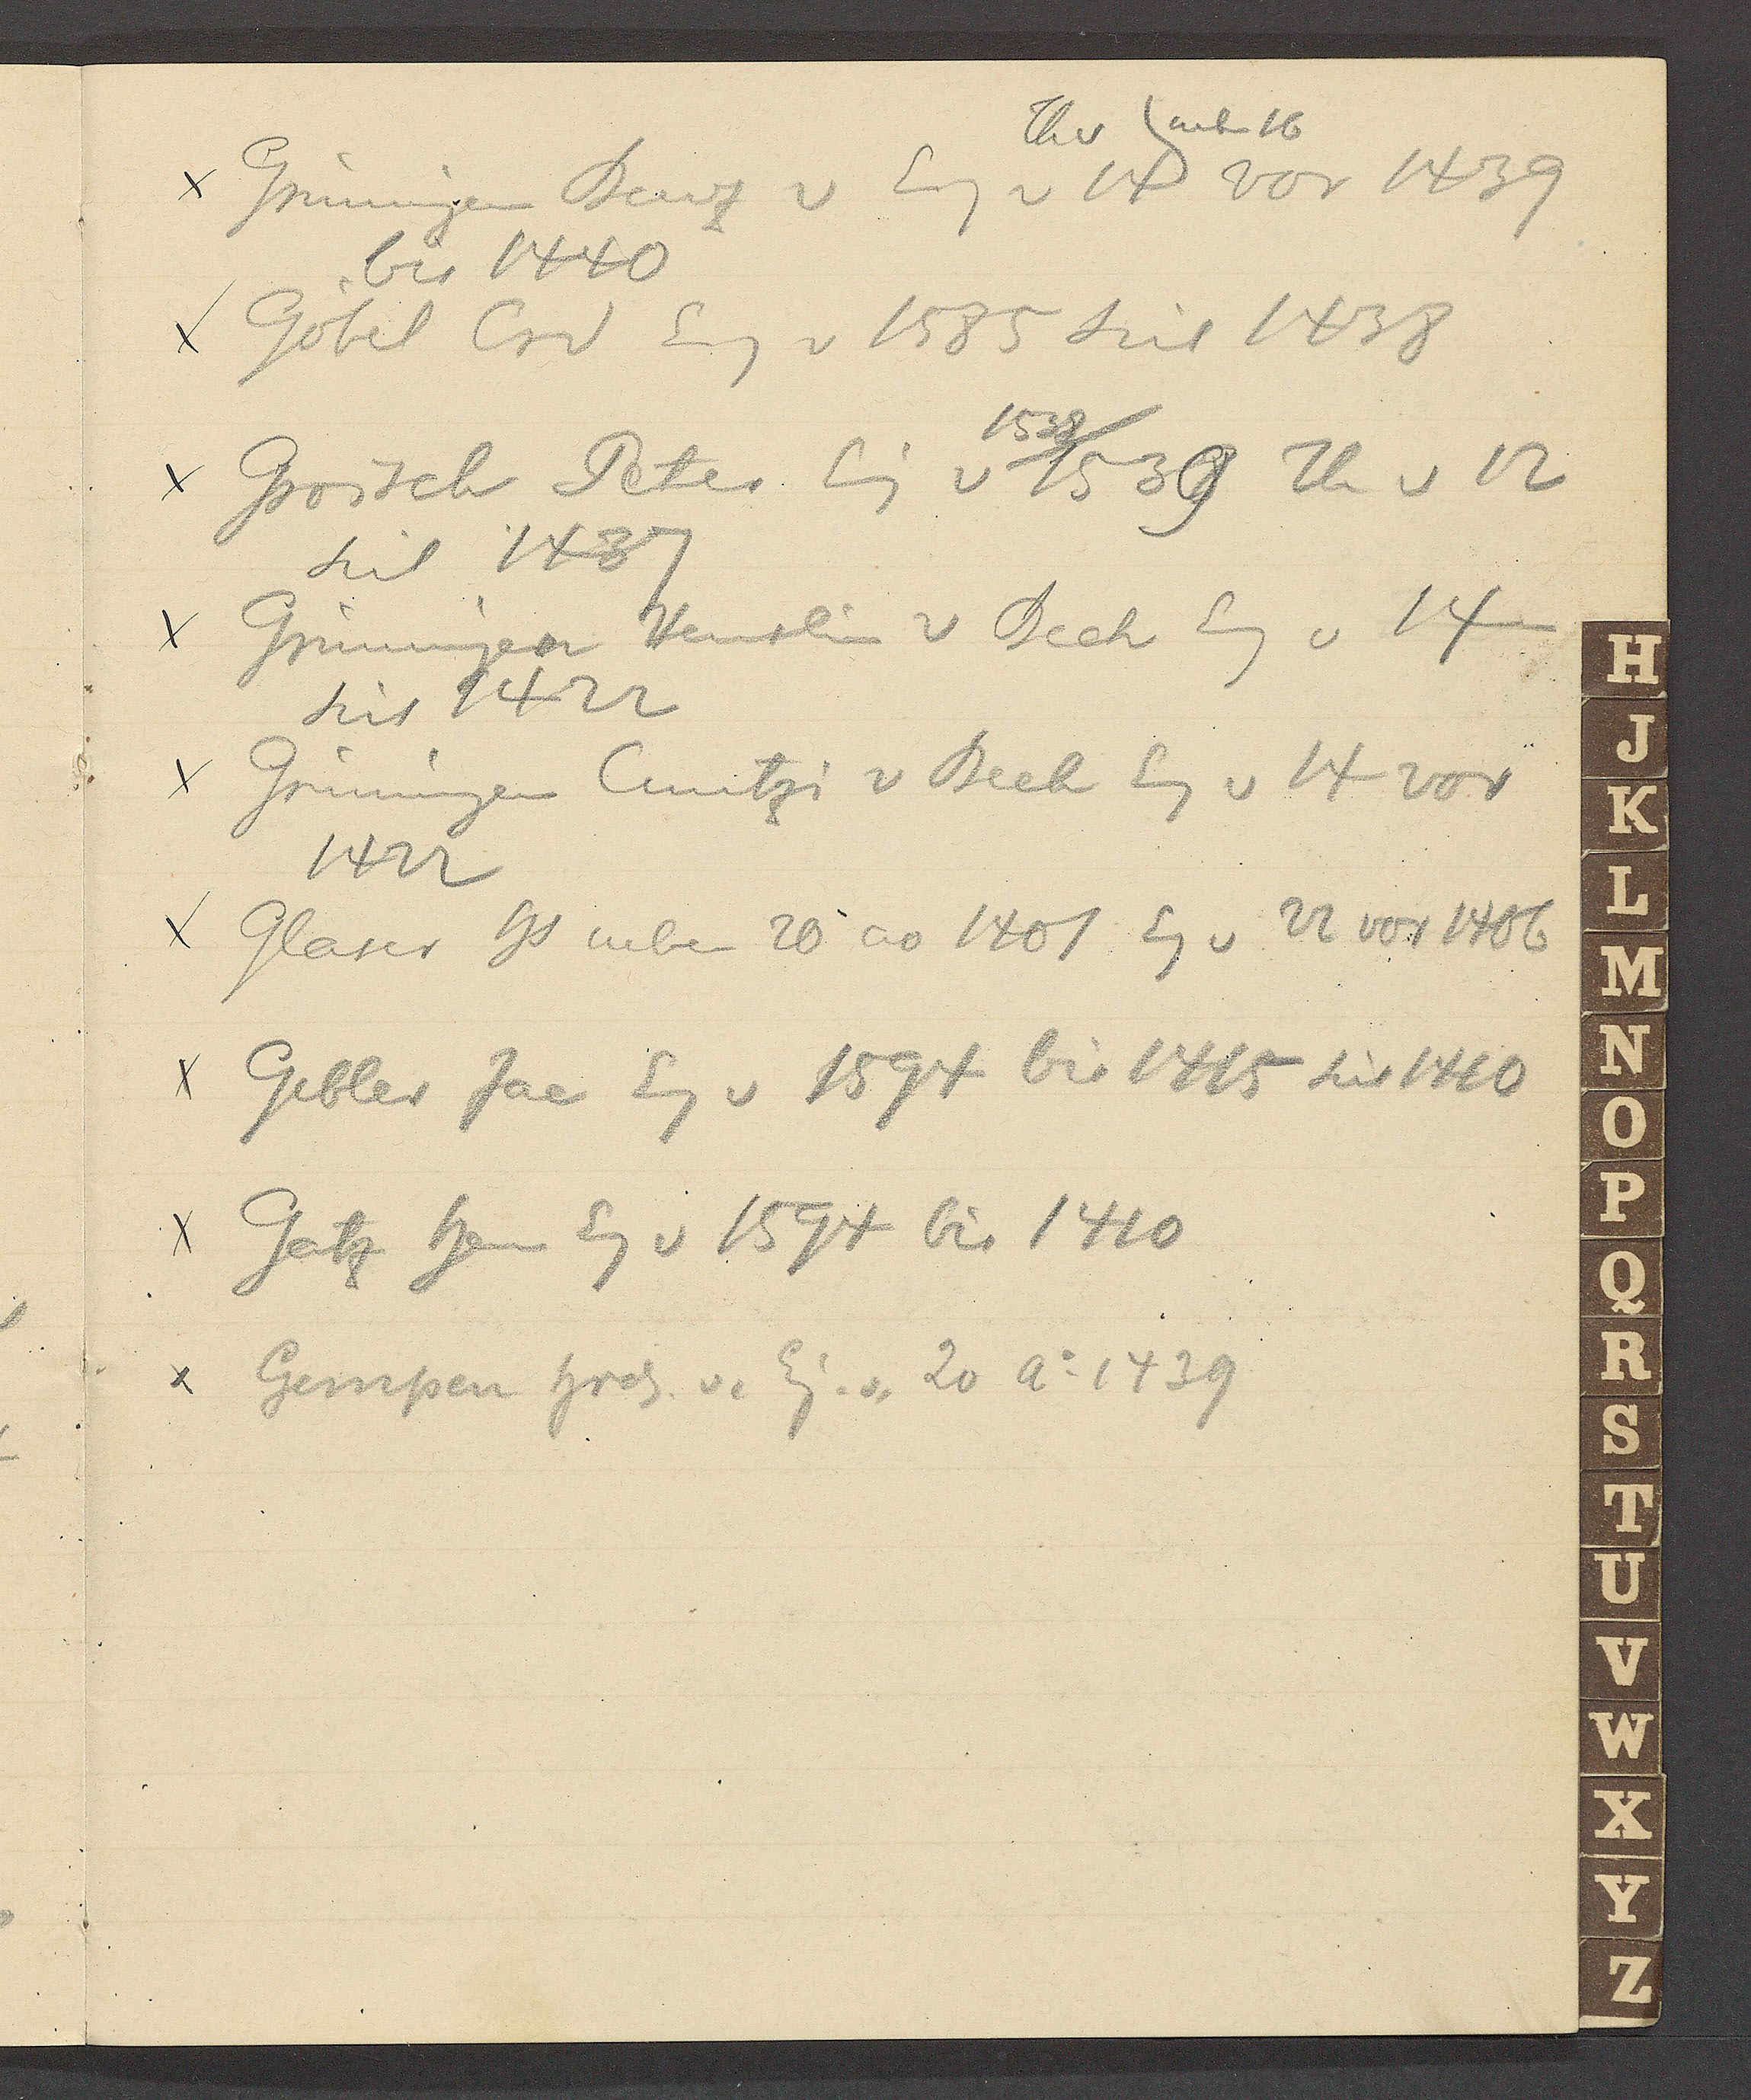
Transcript:
neben 16
Grüningen Benz v Eig v 14 vor 1439
Th v
bis 1440
Göbel Crd Eig v 1585 seit 1438
Big1538
Groisch Peter Eig v 1539 Th v 12
seit 1437
Grüningen Henslin v Beck Eg v 14
seit 1422
Grüningen Cuntzi v Beck Eg v 14 vor
1422
Glaser Hs neben 20 ao 1401 Eg v 22 vor 1406
Gebler Jac Eg v 1594 bis 1415 seit 1410
Gatz Herm Eg v 1594 bis 1410
 Gempen Hrch v. Eig. v. 20 Ao 1439.